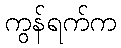
ကွန်ရက်က